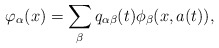
\begin{align*}\varphi _{\alpha}(x)=\sum_{\beta }q_{\alpha \beta }(t)\phi_{\beta }(x,a(t)),\end{align*}